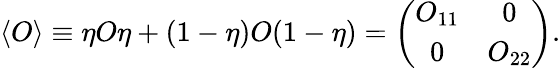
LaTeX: \langle O\rangle\equiv\eta O\eta+(1-\eta)O(1-\eta)=\left(\begin{array}{cc}{{O_{11}}}&{{0}}\\ {{0}}&{{O_{22}}}\end{array}\right).